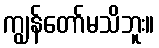
ကျွန်တော်မသိဘူး။